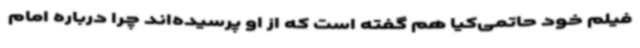
فیلم خود حاتمی‌کیا هم گفته است که از او پرسیده‌اند چرا درباره امام